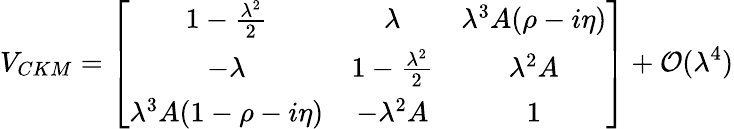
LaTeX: V_{CKM}=\left[\begin{array}{ccc}{{1-\frac{\lambda^{2}}{2}}}&{{\lambda}}&{{\lambda^{3}A(\rho-i\eta)}}\\ {{-\lambda}}&{{1-\frac{\lambda^{2}}{2}}}&{{\lambda^{2}A}}\\ {{\lambda^{3}A(1-\rho-i\eta)}}&{{-\lambda^{2}A}}&{{1}}\end{array}\right]+{\cal{O}}(\lambda^{4})